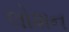
લોશન